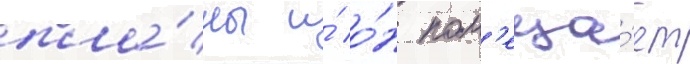
пла́ны и́ о́н пом'еща́ет